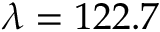
\lambda = 1 2 2 . 7